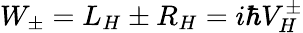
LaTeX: W_{\pm}=L_{H}\pm R_{H}=i\hbar V_{H}^{\pm}